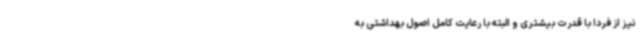
نیز از فردا با قدرت بیشتری و البته با رعایت کامل اصول بهداشتی به